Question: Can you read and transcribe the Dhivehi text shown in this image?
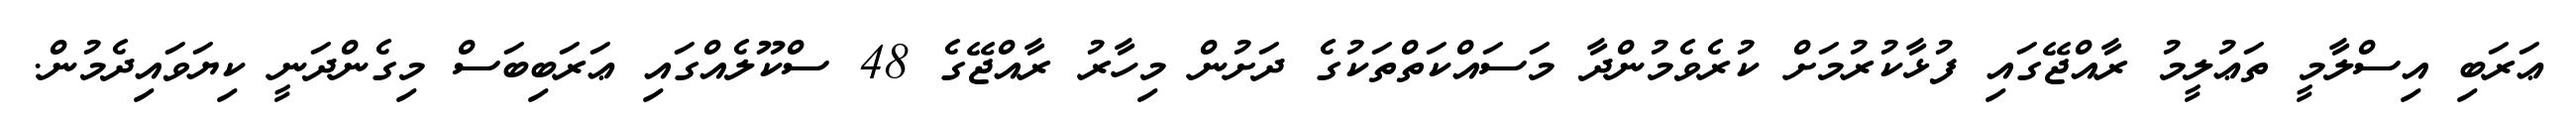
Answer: ޢަރަބި އިސްލާމީ ތަޢުލީމު ރާއްޖޭގައި ފުޅާކުރުމަށް ކުރެވެމުންދާ މަސައްކަތްތަކުގެ ދަށުން މިހާރު ރާއްޖޭގެ 48 ސްކޫލެއްގައި ޢަރަބިބަސް މިގެންދަނީ ކިޔަވައިދެމުން.